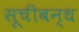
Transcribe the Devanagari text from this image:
सूचीबन्ध